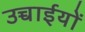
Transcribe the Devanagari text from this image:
उच्चाईयों